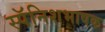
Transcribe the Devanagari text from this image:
स्पॅनिशभाषक